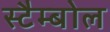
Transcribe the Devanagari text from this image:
स्टैम्बोल